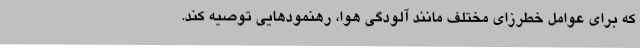
که برای عوامل خطرزای مختلف مانند آلودگی هوا، رهنمودهایی توصیه کند.